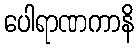
ပေါရာဏကာနိ